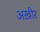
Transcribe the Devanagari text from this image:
अख़ीर